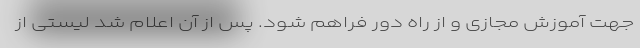
جهت آموزش مجازی و از راه دور فراهم شود. پس از آن اعلام شد لیستی از